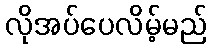
လိုအပ်ပေလိမ့်မည်